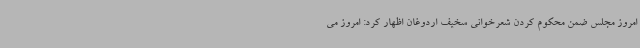
امروز مجلس ضمن محکوم کردن شعرخوانی سخیف اردوغان اظهار کرد: امروز می